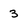
Character: 3